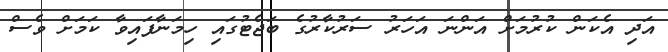
އަދި އެކަން ކުރުމަށް އަންނަ އަހަރު ސަރުކާރުގެ ބަޖެޓުގައި ހިމަނާފައިވާ ކަމަށް ވެސް